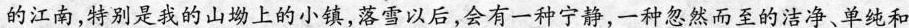
的江南，特别是我的山坳上的小镇，落雪以后，会有一种宁静，一种忽然而至的洁净、单纯和